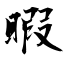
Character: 暇